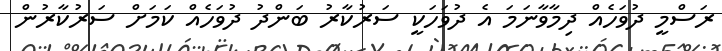
ރަސްމީ ދުވަހެއް ދިމާވާނަމަ އެ ދުވަހަކީ ސަރުކާރު ބަންދު ދުވަހެއް ކަމަށް ސަރުކާރުން